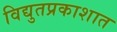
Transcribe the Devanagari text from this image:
विद्युतप्रकाशात